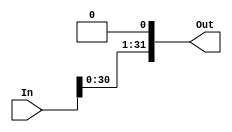
`timescale 1ns / 1ps



module Shift #(parameter width=32)(
    input [width-1:0] In,
    output[width-1:0] Out
    );
    assign Out=In<<1;
endmodule